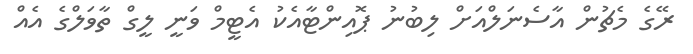
ރޭގެ މެޗުން އާސެނަލްއަށް ލިބުނު ޕޮއިންޓާއެކު އެޓީމް ވަނީ ލީގް ތާވަލްގެ އެއް